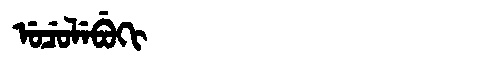
Manchu: ᡠᠴᡠᠯᡝᠪᡠᡴᡳ
Romanization: UCULEBUKI